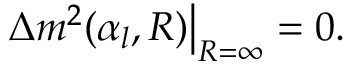
\Delta m ^ { 2 } ( \alpha _ { l } , R ) \big | _ { R = \infty } = 0 .